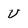
Character: U